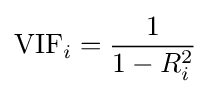
\mathrm {VIF} _{i}={\frac {1}{1-R_{i}^{2}}}